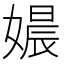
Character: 𮱗